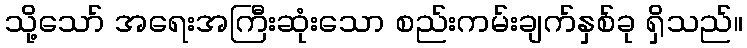
သို့သော် အရေးအကြီးဆုံးသော စည်းကမ်းချက်နှစ်ခု ရှိသည်။